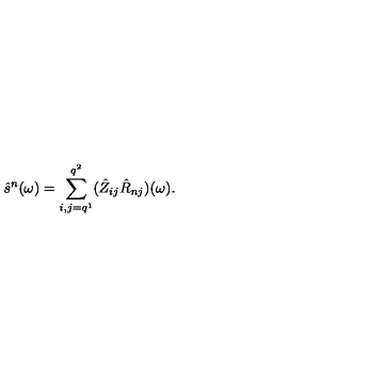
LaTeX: \hat { s } ^ { n } ( \omega ) = \sum _ { i , j = q ^ { 1 } } ^ { q ^ { 2 } } ( \hat { Z } _ { i j } \hat { R } _ { n j } ) ( \omega ) .